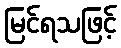
မြင်ရသဖြင့်